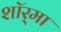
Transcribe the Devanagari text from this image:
शॉर्‌मा